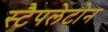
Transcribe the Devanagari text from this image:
स्टैपलेटोन